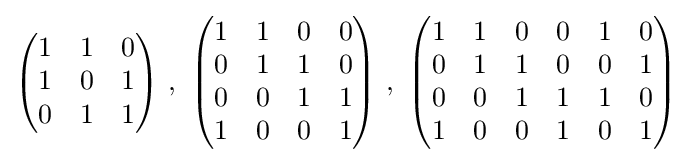
{\begin{pmatrix}1&1&0\\1&0&1\\0&1&1\end{pmatrix}}~,~{\begin{pmatrix}1&1&0&0\\0&1&1&0\\0&0&1&1\\1&0&0&1\\\end{pmatrix}}~,~{\begin{pmatrix}1&1&0&0&1&0\\0&1&1&0&0&1\\0&0&1&1&1&0\\1&0&0&1&0&1\\\end{pmatrix}}